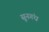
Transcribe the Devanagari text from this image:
सुनगंध